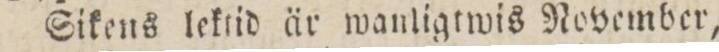
Sikens lektid är wanligtwis November,